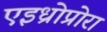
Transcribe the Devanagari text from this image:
एइध्रोप्रोरा